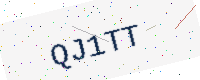
Text: QJ1TT